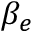
\beta _ { e }